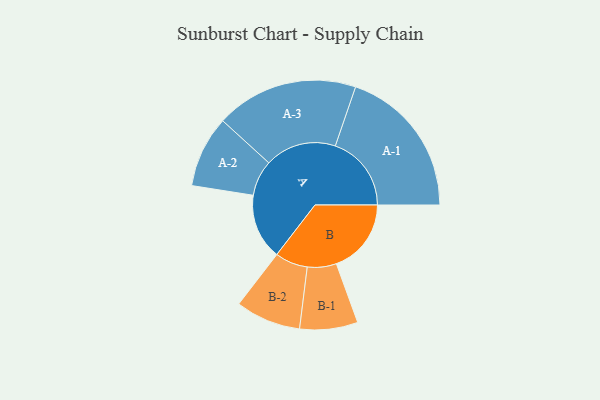
{"axis": {"x": "Segment", "y": "Value"}, "legend": ["", "A", "B"], "data": [{"x": "A", "y": 233, "type": ""}, {"x": "B", "y": 266, "type": ""}, {"x": "A-1", "y": 270, "type": "A"}, {"x": "A-2", "y": 127, "type": "A"}, {"x": "A-3", "y": 253, "type": "A"}, {"x": "B-1", "y": 103, "type": "B"}, {"x": "B-2", "y": 116, "type": "B"}]}